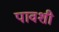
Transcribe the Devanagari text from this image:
पावशी